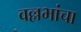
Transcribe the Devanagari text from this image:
वल्लभांचा